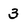
Character: 3